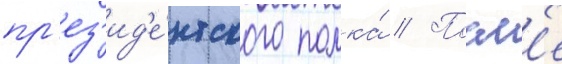
пр'ез'ид'е́нтского полка́ // Посл'е